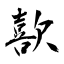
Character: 歖